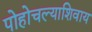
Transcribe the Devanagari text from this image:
पोहोचल्याशिवाय